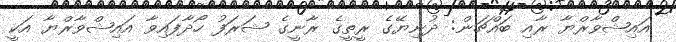
އައިޝްވާރްޔާ ރާއި ބައްޗަން: ދުނިޔޭގެ ރީތީގެ ރާނީގެ ޝަރަފު ހޯދާފައިވާ އައިޝްވާރްޔާ އަކީ